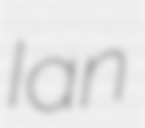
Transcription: Ian